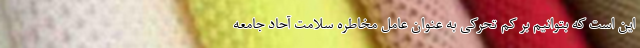
این است که بتوانیم بر کم تحرکی به عنوان عامل مخاطره سلامت آحاد جامعه